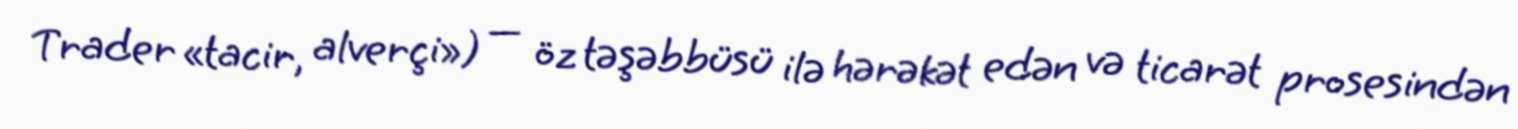
Trader «tacir, alverçi») — öz təşəbbüsü ilə hərəkət edən və ticarət prosesindən